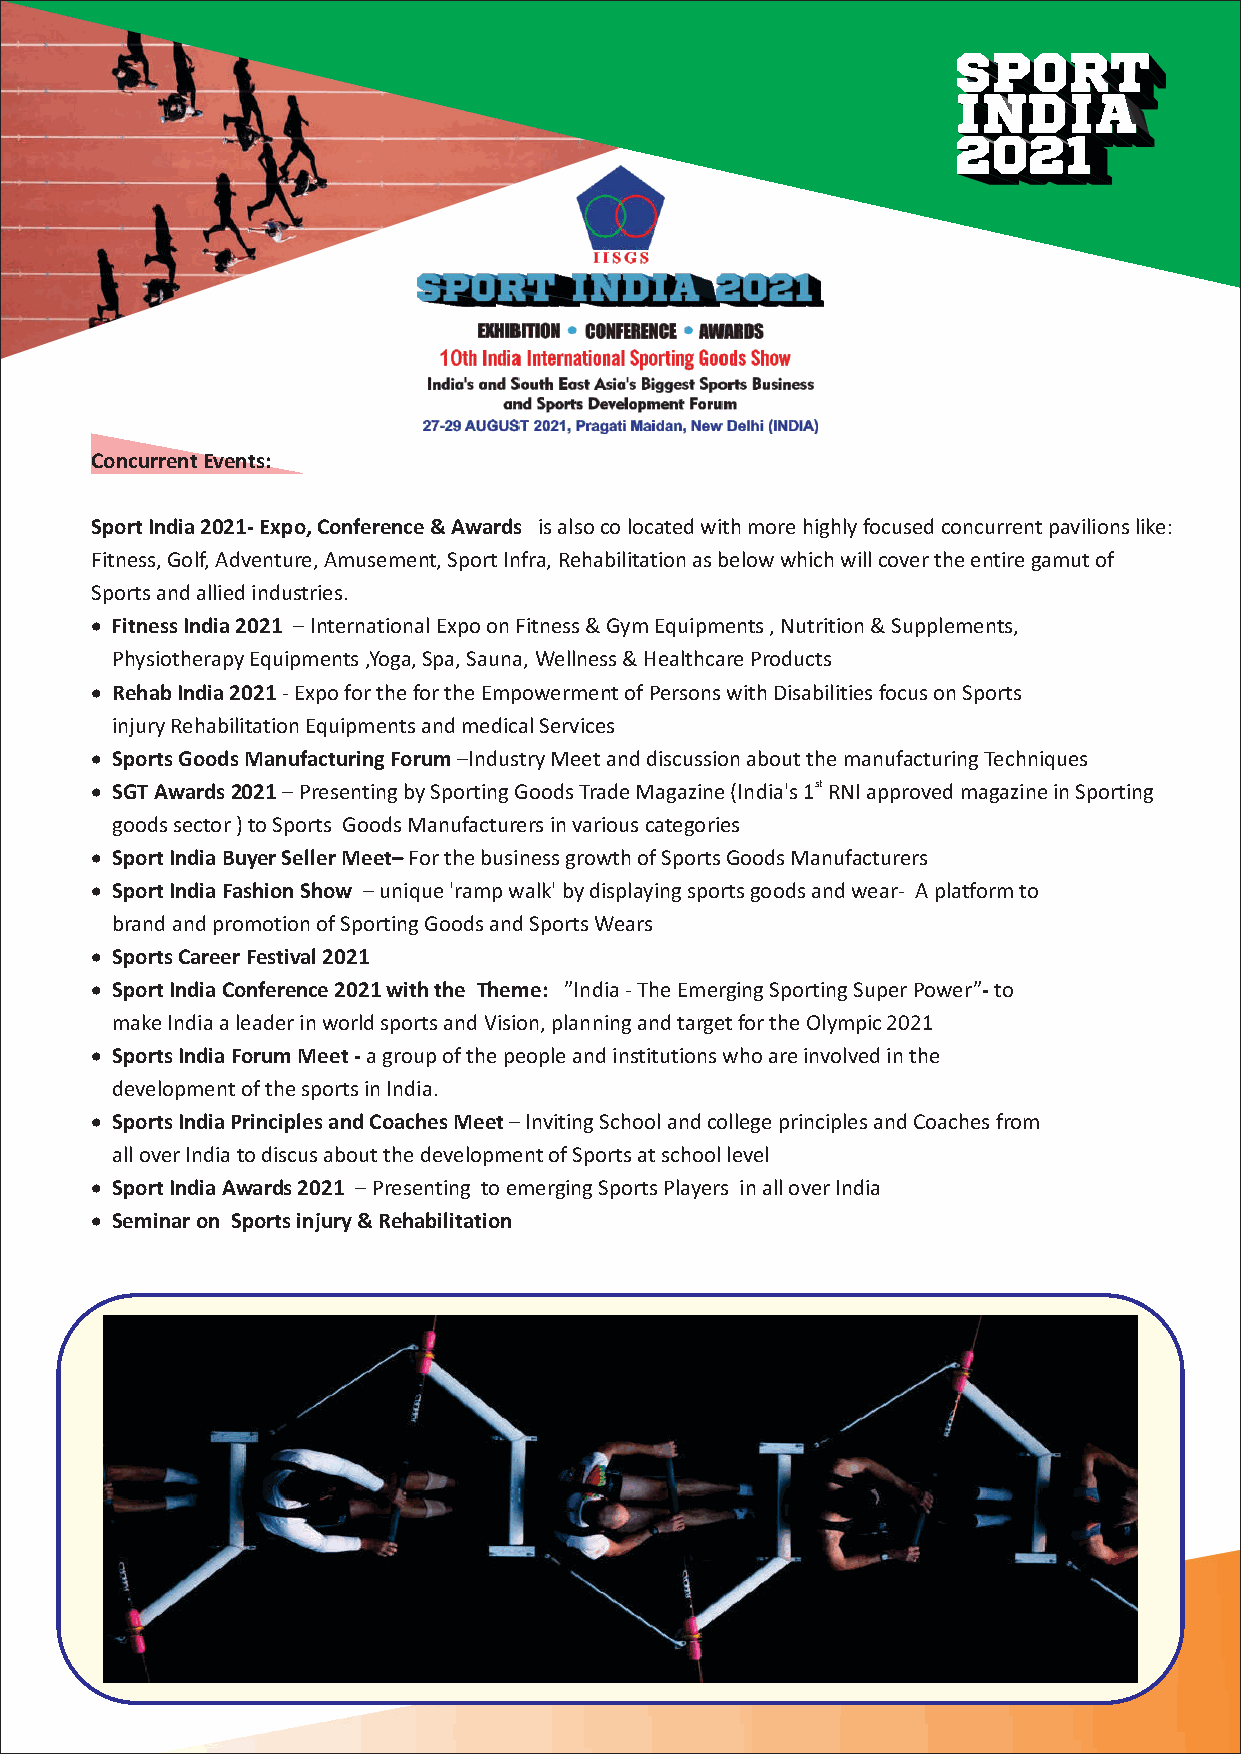
Concurrent Events:
 Sport India 2021- Expo, Conference & Awards is also co located with more highly focused concurrent pavilions like:
 Fitness, Golf, Adventure, Amusement, Sport Infra, Rehabilitation as below which will cover the entire gamut of
 Sports and allied industries.
 · Fitness India 2021 – International Expo on Fitness & Gym Equipments , Nutrition & Supplements,
 Physiotherapy Equipments ,Yoga, Spa, Sauna, Wellness & Healthcare Products
 · Rehab India 2021 - Expo for the for the Empowerment of Persons with Disabilities focus on Sports
 injury Rehabilitation Equipments and medical Services
 · Sports Goods Manufacturing Forum –Industry Meet and discussion about the manufacturing Techniques
 · SGT Awards 2021 – Presenting by Sporting Goods Trade Magazine (India's 1st RNI approved magazine in Sporting
 goods sector ) to Sports Goods Manufacturers in various categories
 · Sport India Buyer Seller Meet– For the business growth of Sports Goods Manufacturers
 · Sport India Fashion Show – unique 'ramp walk' by displaying sports goods and wear- A platform to
 brand and promotion of Sporting Goods and Sports Wears
 · Sports Career Festival 2021
 · Sport India Conference 2021 with the Theme: ”India - The Emerging Sporting Super Power”- to
 make India a leader in world sports and Vision, planning and target for the Olympic 2021
 · Sports India Forum Meet - a group of the people and institutions who are involved in the
 development of the sports in India.
 · Sports India Principles and Coaches Meet – Inviting School and college principles and Coaches from
 all over India to discus about the development of Sports at school level
 · Sport India Awards 2021 – Presenting to emerging Sports Players in all over India
 · Seminar on Sports injury & Rehabilitation